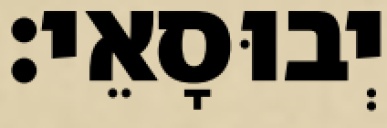
יְבוּסָאֵי׃